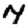
Digit: 7